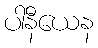
ပါနီယေန